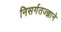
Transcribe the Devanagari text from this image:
निसर्गतज्‍ज्ञाने